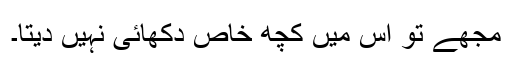
مجھے تو اس میں کچھ خاص دکھائی نہیں دیتا۔